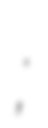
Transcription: بورقعة;